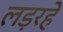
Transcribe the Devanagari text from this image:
लड़रहे